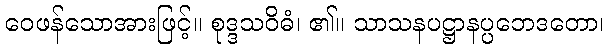
ဝေဖန်သောအားဖြင့်။ စုဒ္ဒသဝိဓံ၊ ၏။ သာသနပဋ္ဌာနပ္ပဘေဒတော၊